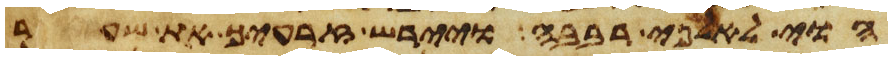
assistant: הוי לאלפי רבבה ויירש זרעיך את שער